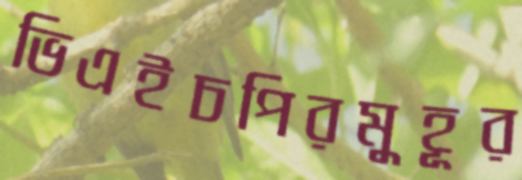
ভিএইচপিরমুহূর